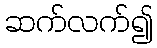
ဆက်လက်၍